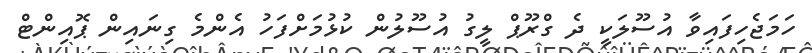
ހަމަޖެހިފައިވާ އުސޫލަކީ ދެ ގްރޫޕް ލީގު އުސޫލުން ކުޅުމަށްފަހު އެންމެ ގިނައިން ޕޮއިންޓް